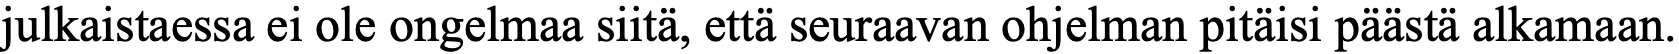
julkaistaessa ei ole ongelmaa siitä, että seuraavan ohjelman pitäisi päästä alkamaan.